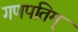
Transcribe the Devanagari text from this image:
गणपतिम्‌